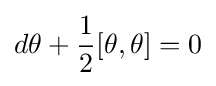
d\theta +{\frac {1}{2}}[\theta ,\theta ]=0